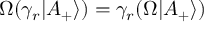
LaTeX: \Omega ( \gamma _ { r } | A _ { + } \rangle ) = \gamma _ { r } ( \Omega | A _ { + } \rangle )